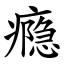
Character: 瘾